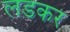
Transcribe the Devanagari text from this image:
लडकर